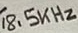
Text: 18.5KHz